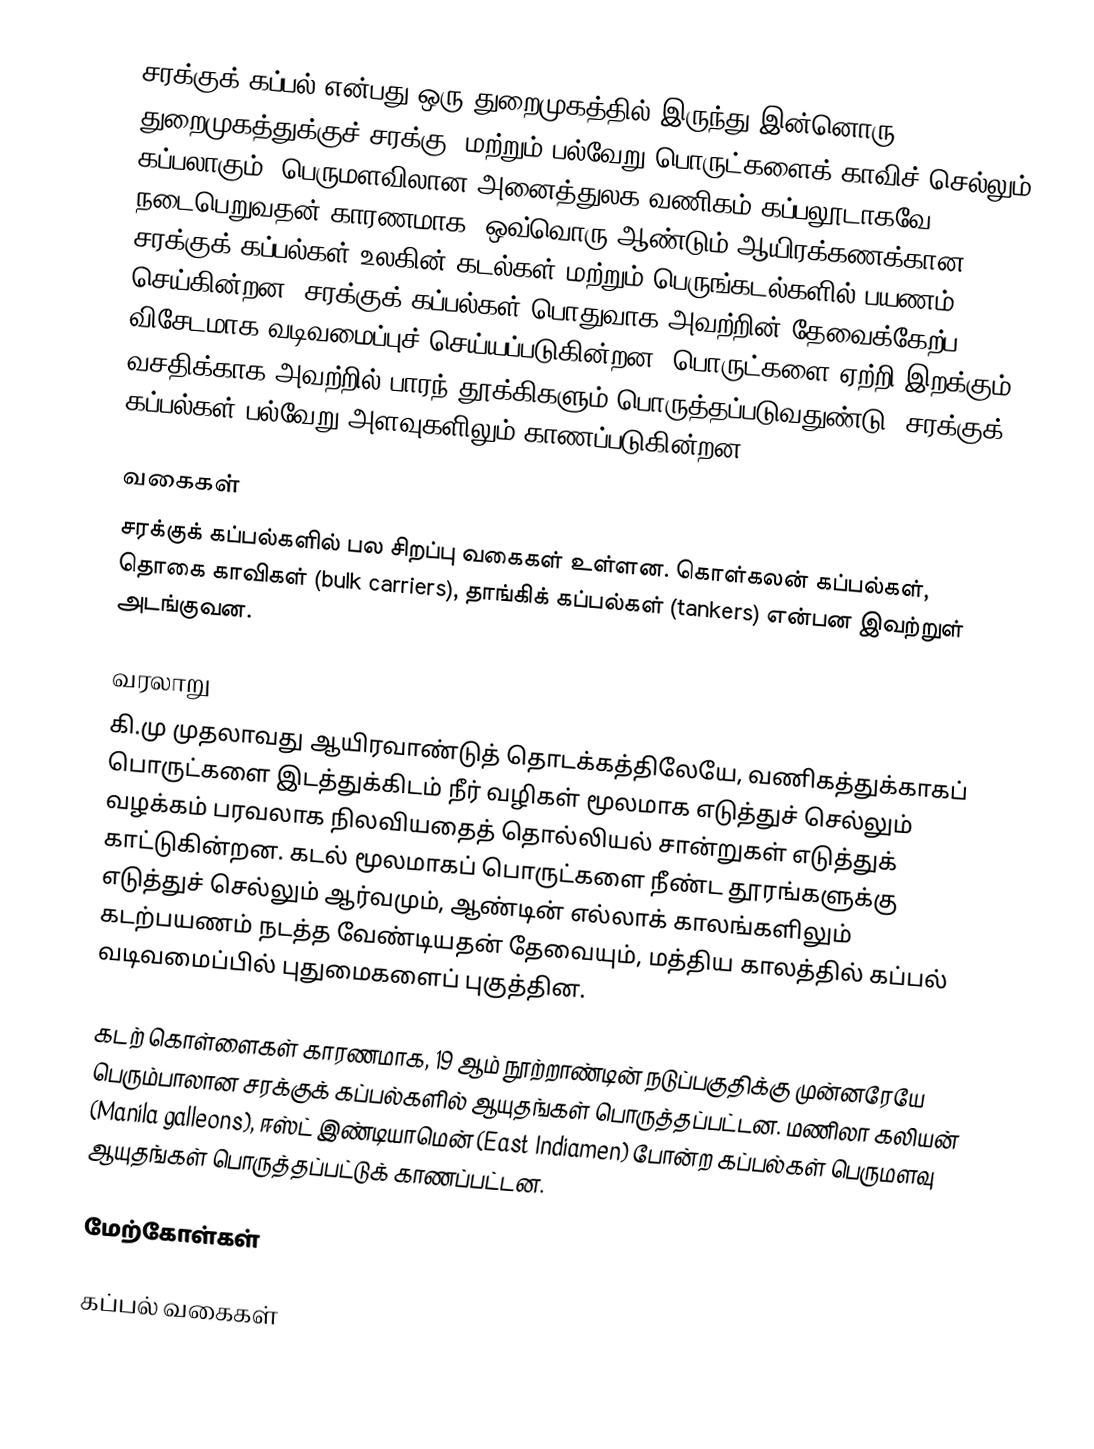
சரக்குக் கப்பல் என்பது ஒரு துறைமுகத்தில் இருந்து இன்னொரு துறைமுகத்துக்குச் சரக்கு, மற்றும் பல்வேறு பொருட்களைக் காவிச் செல்லும் கப்பலாகும். பெருமளவிலான அனைத்துலக வணிகம் கப்பலூடாகவே நடைபெறுவதன் காரணமாக, ஒவ்வொரு ஆண்டும் ஆயிரக்கணக்கான சரக்குக் கப்பல்கள் உலகின் கடல்கள் மற்றும் பெருங்கடல்களில் பயணம் செய்கின்றன. சரக்குக் கப்பல்கள் பொதுவாக அவற்றின் தேவைக்கேற்ப விசேடமாக வடிவமைப்புச் செய்யப்படுகின்றன. பொருட்களை ஏற்றி இறக்கும் வசதிக்காக அவற்றில் பாரந் தூக்கிகளும் பொருத்தப்படுவதுண்டு. சரக்குக் கப்பல்கள் பல்வேறு அளவுகளிலும் காணப்படுகின்றன.

வகைகள்
சரக்குக் கப்பல்களில் பல சிறப்பு வகைகள் உள்ளன. கொள்கலன் கப்பல்கள், தொகை காவிகள் (bulk carriers), தாங்கிக் கப்பல்கள் (tankers) என்பன இவற்றுள் அடங்குவன.

வரலாறு
கி.மு முதலாவது ஆயிரவாண்டுத் தொடக்கத்திலேயே, வணிகத்துக்காகப் பொருட்களை இடத்துக்கிடம் நீர் வழிகள் மூலமாக எடுத்துச் செல்லும் வழக்கம் பரவலாக நிலவியதைத் தொல்லியல் சான்றுகள் எடுத்துக் காட்டுகின்றன. கடல் மூலமாகப் பொருட்களை நீண்ட தூரங்களுக்கு எடுத்துச் செல்லும் ஆர்வமும், ஆண்டின் எல்லாக் காலங்களிலும் கடற்பயணம் நடத்த வேண்டியதன் தேவையும், மத்திய காலத்தில் கப்பல் வடிவமைப்பில் புதுமைகளைப் புகுத்தின.

கடற் கொள்ளைகள் காரணமாக, 19 ஆம் நூற்றாண்டின் நடுப்பகுதிக்கு முன்னரேயே பெரும்பாலான சரக்குக் கப்பல்களில் ஆயுதங்கள் பொருத்தப்பட்டன. மணிலா கலியன் (Manila galleons), ஈஸ்ட் இண்டியாமென் (East Indiamen) போன்ற கப்பல்கள் பெருமளவு ஆயுதங்கள் பொருத்தப்பட்டுக் காணப்பட்டன.

மேற்கோள்கள்

கப்பல் வகைகள்